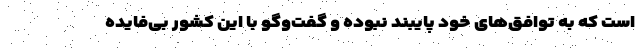
است که به توافق‌های خود پایبند نبوده و گفت‌وگو با این کشور بی‌فایده